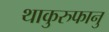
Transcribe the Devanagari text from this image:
थाकुरुफानु